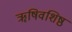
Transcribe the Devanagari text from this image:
ॠषिवशिष्ठ